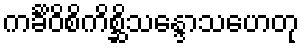
ကင်္ခိဝိစိကိစ္ဆိသန္ဒောသဟေတု